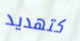
كتهديد